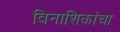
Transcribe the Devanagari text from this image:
विनाशिकांचा